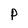
Character: P